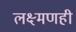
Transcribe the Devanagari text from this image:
लक्ष्मणही